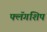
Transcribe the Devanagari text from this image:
फ्लॅगशिप